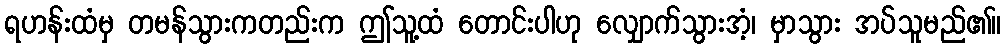
ရဟန်းထံမှ တမန်သွားကတည်းက ဤသူ့ထံ တောင်းပါဟု လျှောက်သွားအံ့၊ မှာသွား အပ်သူမည်၏။